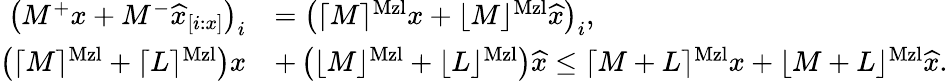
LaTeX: \begin{array}{rl}{\left(M^{+}x+M^{-}\widehat{x}_{[i:x]}\right)_{i}}&{=\left(\lceil M\rceil^{\mathrm{Mzl}}x+\lfloor M\rfloor^{\mathrm{Mzl}}\widehat{x}\right)_{i},}\\ {\left(\lceil M\rceil^{\mathrm{Mzl}}+\lceil L\rceil^{\mathrm{Mzl}}\right)x}&{+\left(\lfloor M\rfloor^{\mathrm{Mzl}}+\lfloor L\rfloor^{\mathrm{Mzl}}\right)\widehat{x}\le\lceil M+L\rceil^{\mathrm{Mzl}}x+\lfloor M+L\rfloor^{\mathrm{Mzl}}\widehat{x}.}\end{array}